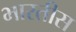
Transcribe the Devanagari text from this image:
भारतीस